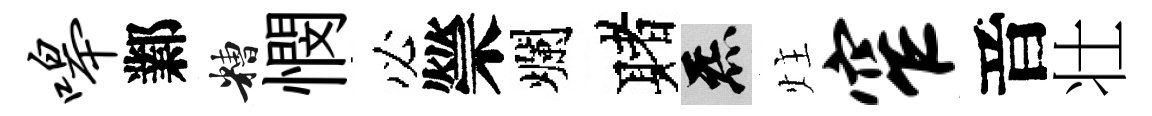
嗥鄴糟憫必禜爛赌炁炷窄音壮